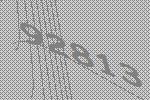
92813